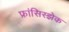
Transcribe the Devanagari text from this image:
फ्रांसिस्झेक